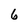
Character: 6